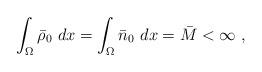
LaTeX: \begin{align*} \int_\Omega \bar \rho_0 \ dx = \int_\Omega \bar n_0 \ dx = \bar M < \infty \ ,\end{align*}